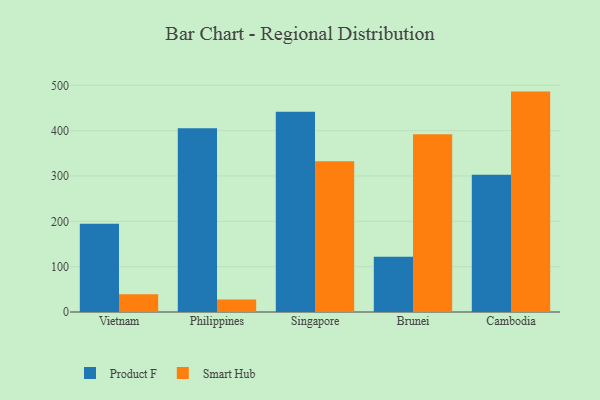
{"axis": {"x": "Country", "y": "Satisfaction Score"}, "legend": ["Product F", "Smart Hub"], "data": [{"x": "Vietnam", "y": 194.8, "type": "Product F"}, {"x": "Vietnam", "y": 38.9, "type": "Smart Hub"}, {"x": "Philippines", "y": 405.6, "type": "Product F"}, {"x": "Philippines", "y": 27.7, "type": "Smart Hub"}, {"x": "Singapore", "y": 441.5, "type": "Product F"}, {"x": "Singapore", "y": 332.5, "type": "Smart Hub"}, {"x": "Brunei", "y": 122.1, "type": "Product F"}, {"x": "Brunei", "y": 392.0, "type": "Smart Hub"}, {"x": "Cambodia", "y": 302.5, "type": "Product F"}, {"x": "Cambodia", "y": 486.2, "type": "Smart Hub"}]}